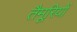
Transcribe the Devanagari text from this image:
तैमूरियों